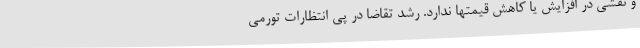
و نقشی در افزایش یا کاهش قیمتها ندارد. رشد تقاضا در پی انتظارات تورمی